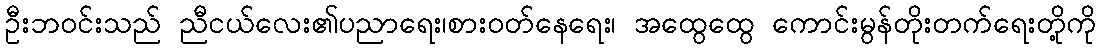
ဦးဘဝင်းသည် ညီငယ်လေး၏ပညာရေး၊စားဝတ်နေရေး၊ အထွေထွေ ကောင်းမွန်တိုးတက်ရေးတို့ကို